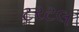
ટરટલ